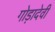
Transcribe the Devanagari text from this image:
गोड़ादेवी